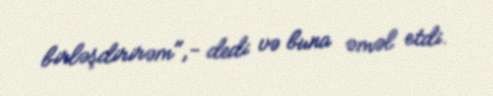
birləşdirirəm",- dedi və buna əməl etdi.